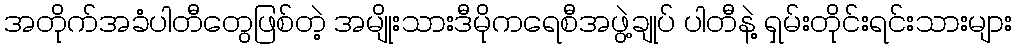
အတိုက်အခံပါတီတွေဖြစ်တဲ့ အမျိုးသားဒီမိုကရေစီအဖွဲ့ချုပ် ပါတီနဲ့ ရှမ်းတိုင်းရင်းသားများ